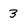
Character: 3